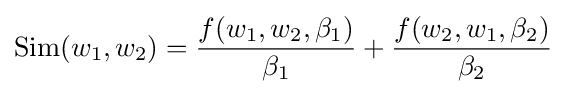
\mathrm {Sim} (w_{1},w_{2})={\frac {f(w_{1},w_{2},\beta _{1})}{\beta _{1}}}+{\frac {f(w_{2},w_{1},\beta _{2})}{\beta _{2}}}